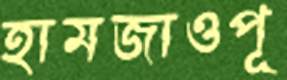
হামজাওপূ